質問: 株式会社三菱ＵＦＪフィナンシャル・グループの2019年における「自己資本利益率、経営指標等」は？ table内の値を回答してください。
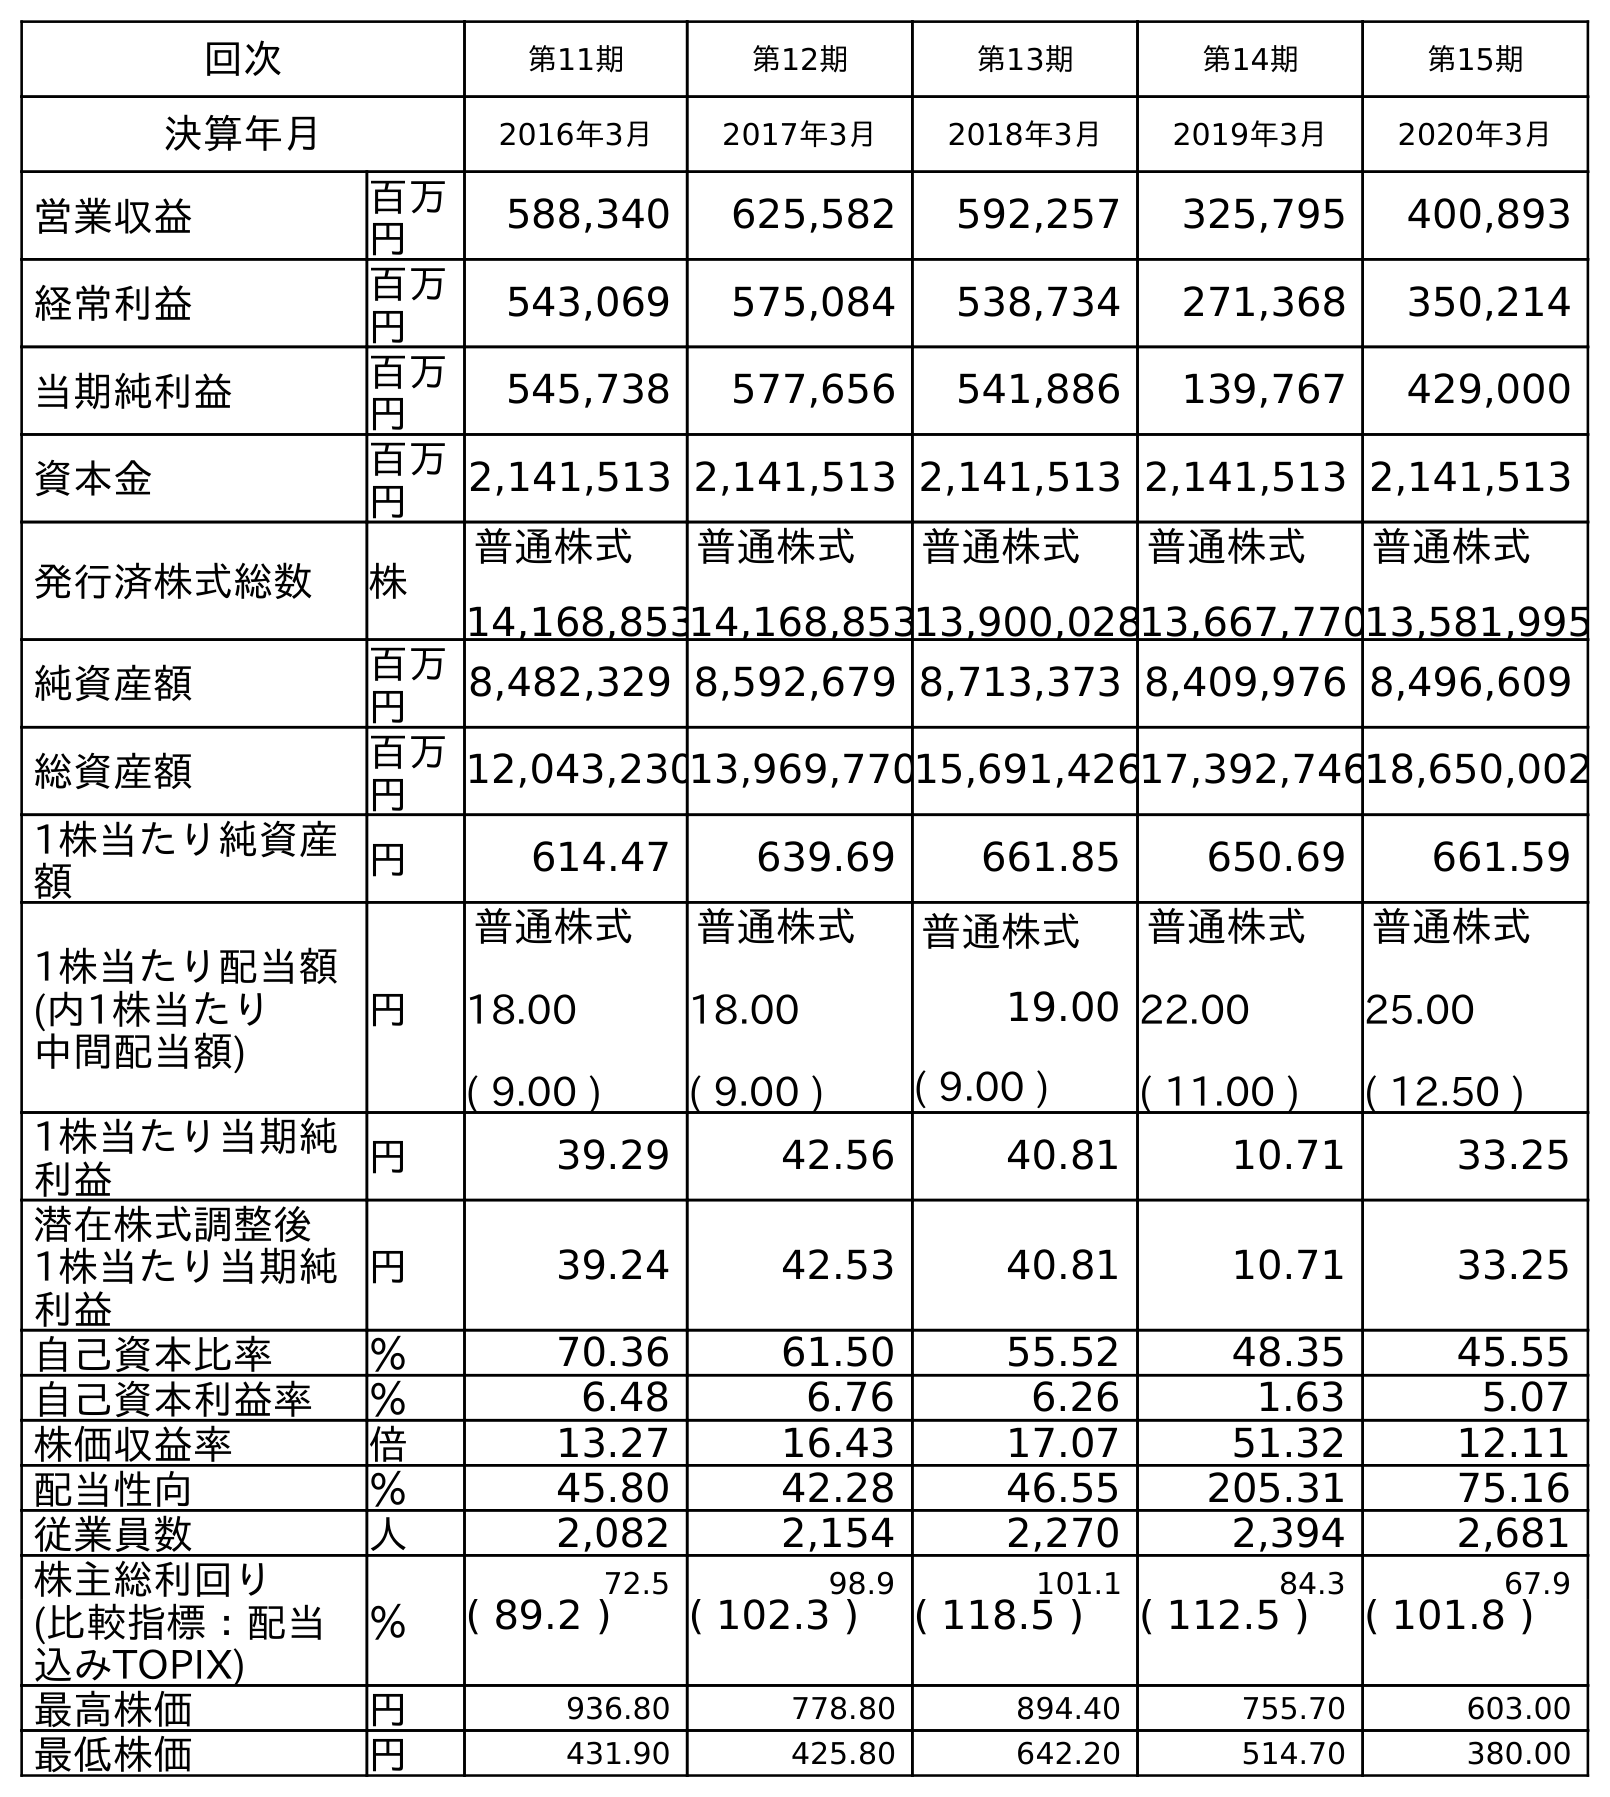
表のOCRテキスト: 回次 第11期 第12期 第13期 第14期 第15期 決算年月 2016年3月 2017年3月 2018年3月 2019年3月 2020年3月 営業収益 百万 円 588,340 625,582 592,257 325,795 400,893 経常利益 百万 円 543,069 575,084 538,734 271,368 350,214 当期純利益 百万 円 545,738 577,656 541,886 139,767 429,000 資本金 百万 円 2,141,513 2,141,513 2,141,513 2,141,513 2,141,513 発行済株式総数 株 普通株式 14,168,853 普通株式 14,168,853 普通株式 13,900,028 普通株式 13,667,770 普通株式 13,581,995 純資産額 百万 円 8,482,329 8,592,679 8,713,373 8,409,976 8,496,609 総資産額 百万 円 12,043,23013,969,77015,691,42617,392,74618,650,002 1株当たり純資産 額 円 614.47 639.69 661.85 650.69 661.59 1株当たり配当額 (内1株当たり 中間配当額) 円 普通株式 18.00 ( 9.00 ) 普通株式 18.00 ( 9.00 ) 普通株式 19.00 ( 9.00 ) 普通株式 22.00 ( 11.00 ) 普通株式 25.00 ( 12.50 ) 1株当たり当期純 利益 円 39.29 42.56 40.81 10.71 33.25 潜在株式調整後 1株当たり当期純 利益 円 39.24 42.53 40.81 10.71 33.25 自己資本比率 ％ 70.36 61.50 55.52 48.35 45.55 自己資本利益率 ％ 6.48 6.76 6.26 1.63 5.07 株価収益率 倍 13.27 16.43 17.07 51.32 12.11 配当性向 ％ 45.80 42.28 46.55 205.31 75.16 従業員数 人 2,082 2,154 2,270 2,394 2,681 株主総利回り ％ 72.5 98.9 101.1 84.3 67.9 (比較指標：配当 込みTOPIX) ( 89.2 ) ( 102.3 ) ( 118.5 ) ( 112.5 ) ( 101.8 ) 最高株価 円 936.80 778.80 894.40 755.70 603.00 最低株価 円 431.90 425.80 642.20 514.70 380.00
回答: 1.63